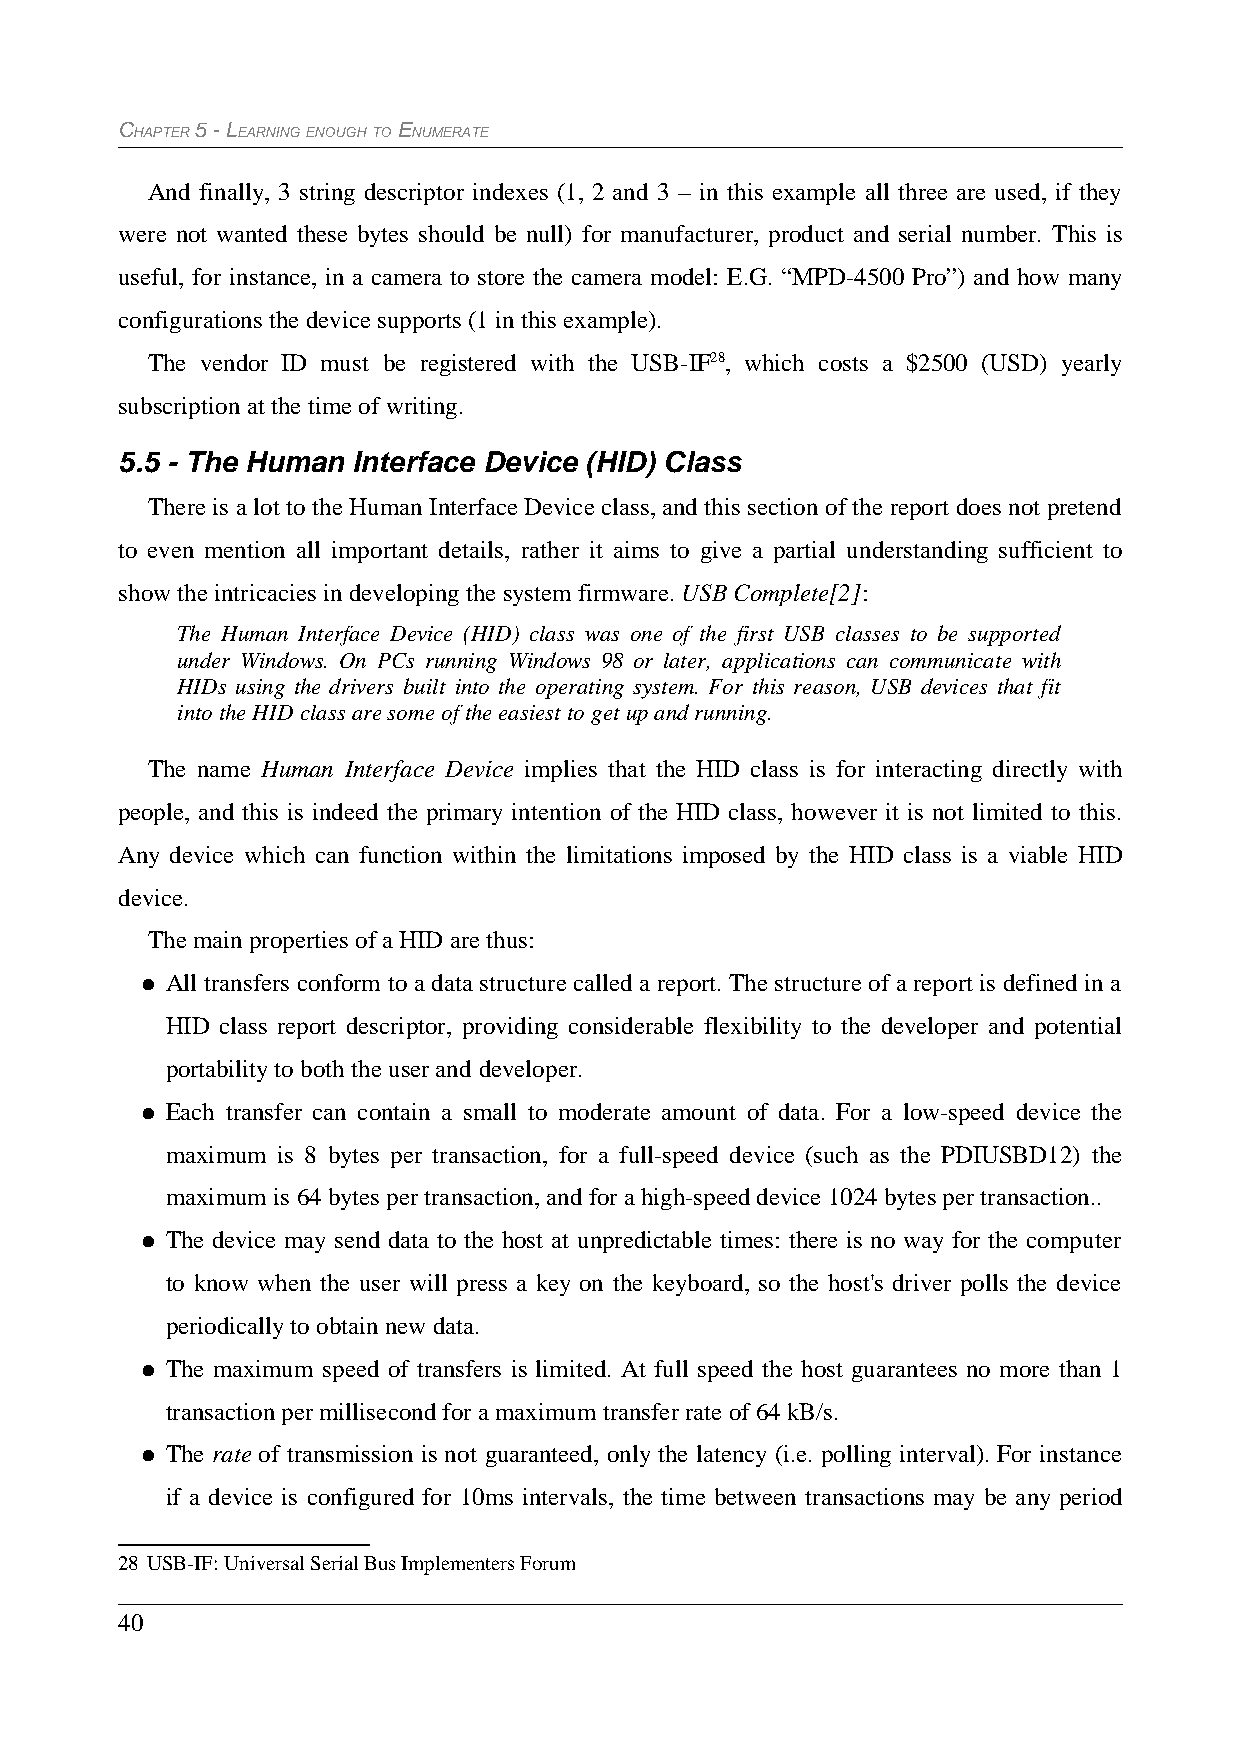
CHAPTER 5 - LEARNING ENOUGH TO ENUMERATE
 And finally, 3 string descriptor indexes (1, 2 and 3 – in this example all three are used, if they
 were not wanted these bytes should be null) for manufacturer, product and serial number. This is
 useful, for instance, in a camera to store the camera model: E.G. “MPD-4500 Pro”) and how many
 configurations the device supports (1 in this example).
 The vendor ID must be registered with the USB-IF28, which costs a $2500 (USD) yearly
 subscription at the time of writing.
 5.5 - The Human Interface Device (HID) Class
 There is a lot to the Human Interface Device class, and this section of the report does not pretend
 to even mention all important details, rather it aims to give a partial understanding sufficient to
 show the intricacies in developing the system firmware. USB Complete[2]:
 The Human Interface Device (HID) class was one of the first USB classes to be supported
 under Windows. On PCs running Windows 98 or later, applications can communicate with
 HIDs using the drivers built into the operating system. For this reason, USB devices that fit
 into the HID class are some of the easiest to get up and running.
 The name Human Interface Device implies that the HID class is for interacting directly with
 people, and this is indeed the primary intention of the HID class, however it is not limited to this.
 Any device which can function within the limitations imposed by the HID class is a viable HID
 device.
 The main properties of a HID are thus:
 ● All transfers conform to a data structure called a report. The structure of a report is defined in a
 HID class report descriptor, providing considerable flexibility to the developer and potential
 portability to both the user and developer.
 ● Each transfer can contain a small to moderate amount of data. For a low-speed device the
 maximum is 8 bytes per transaction, for a full-speed device (such as the PDIUSBD12) the
 maximum is 64 bytes per transaction, and for a high-speed device 1024 bytes per transaction..
 ● The device may send data to the host at unpredictable times: there is no way for the computer
 to know when the user will press a key on the keyboard, so the host's driver polls the device
 periodically to obtain new data.
 ● The maximum speed of transfers is limited. At full speed the host guarantees no more than 1
 transaction per millisecond for a maximum transfer rate of 64 kB/s.
 ● The rate of transmission is not guaranteed, only the latency (i.e. polling interval). For instance
 if a device is configured for 10ms intervals, the time between transactions may be any period
 28 USB-IF: Universal Serial Bus Implementers Forum
 40